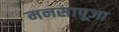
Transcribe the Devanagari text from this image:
मनसापूजा